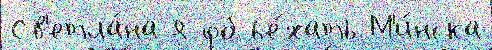
Св'етла́на я объе́хать М'и́нска